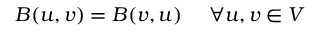
B ( u , v ) = B ( v , u ) \ \quad \forall u , v \in V